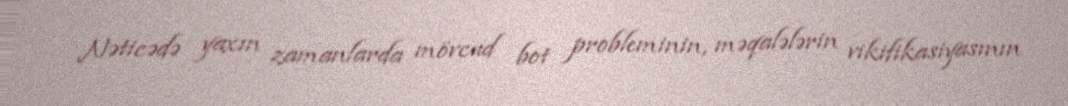
Nəticədə yaxın zamanlarda mövcud bot probleminin, məqalələrin vikifikasiyasının